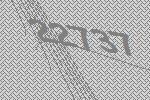
22737